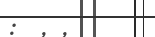
: